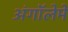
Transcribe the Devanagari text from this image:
अंगॉलेमे